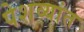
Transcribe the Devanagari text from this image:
पेशव्यांत